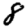
Digit: 8